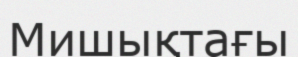
Мишықтағы